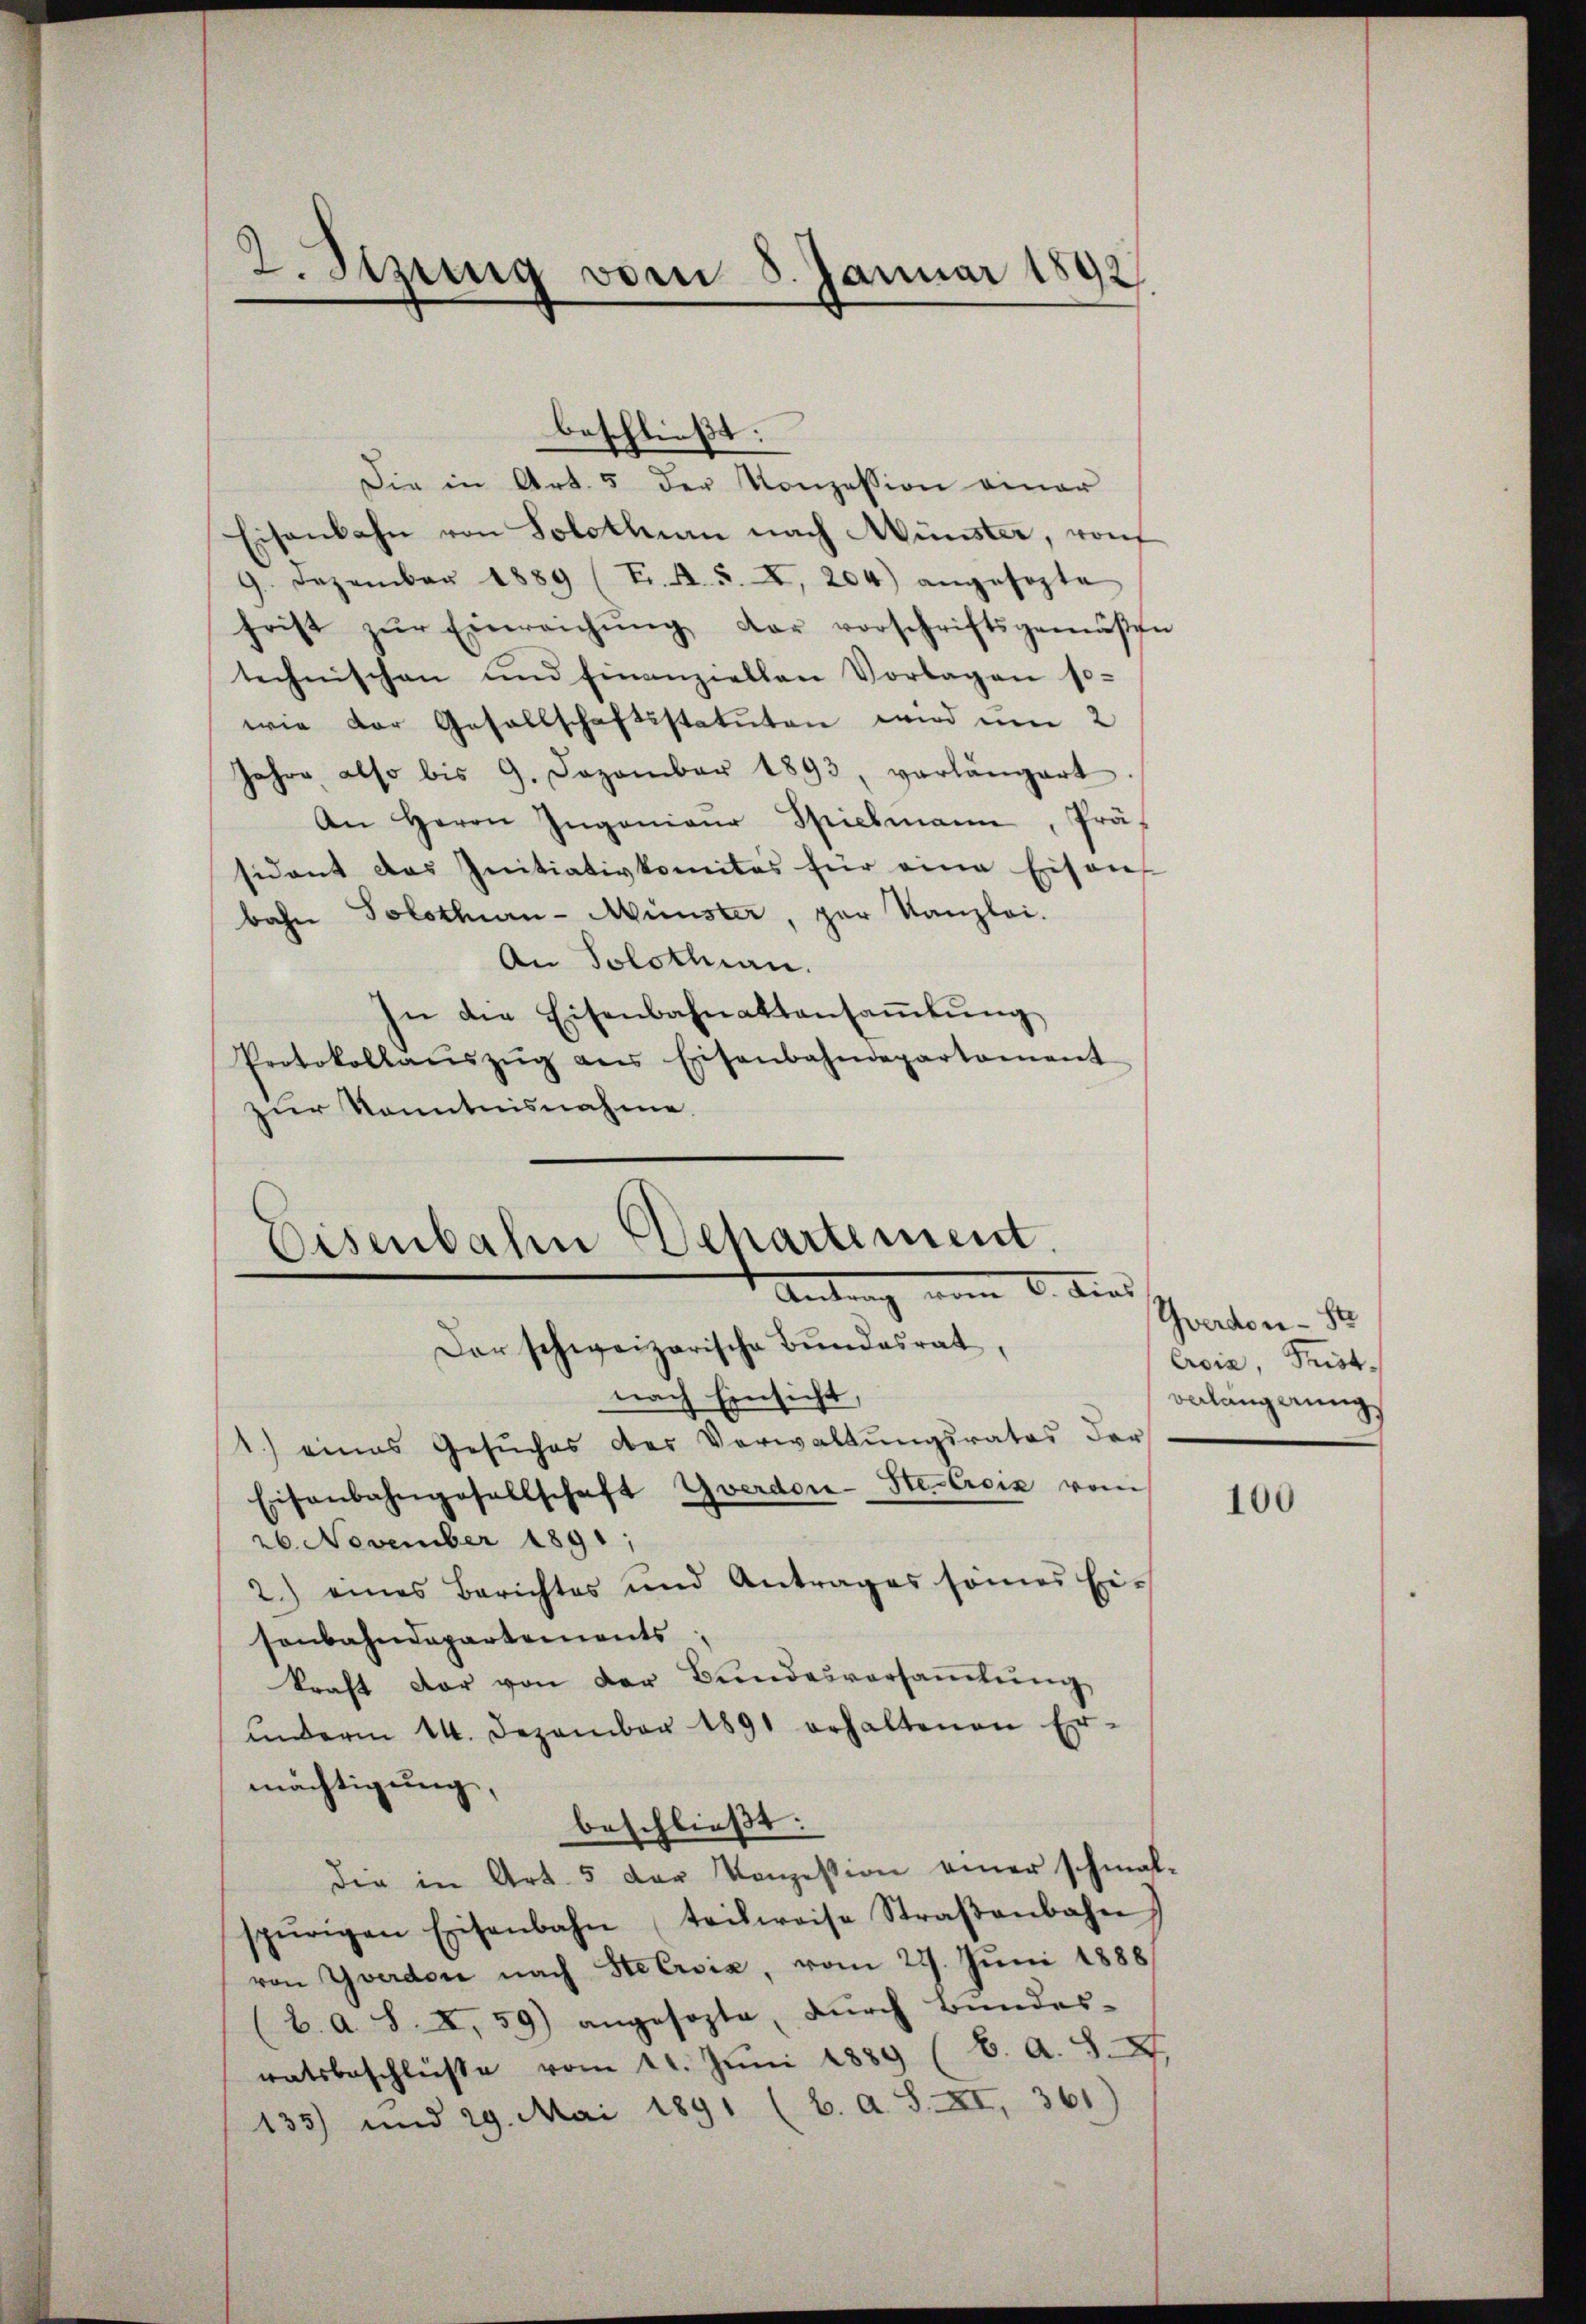
2. Sizung vom 5. Januar 1892

beschließt:
Die in Art. 5 der Konzession einer
Eisenbahn von Solothurn nach Münster, von
9. Dezember 1889 (T. A. S. A, 204) angesagte
hrist zŭr Einreichŭng der vorschriftsgemäßen
technischen und finanziellen Vorlagen so-
wie der Gesellschaftsstatuten wird um 2
Jahre also bis 9. Dezember 1893, verlängert
An Herrn Ingenieŭr Spielmann, Prä-
sidant das Initiativkomitas für eine Eisen
bahn Solothurn-Münster, par Kanzlei.
An Solothurn.
In die Eisenbahnattansaṁlŭng
Protokollaŭszŭg ans Eisenbahndepartement
zur Kenntnisnahme.
nach Einsicht,
1.) eines Gesuches der Verwaltungsrates der
Eisenbahngesellschaft Yverdor-Ste-Crois vom
26. November 1891;
2.) eines Berichtes und Antrages sonner Ei-
sonbahndepartements
kraft dar von der Bundesversaṁlŭng,
underm 14. Dezember 1891 erhaltenen Ermächtigung
beschließt:
die in Art. 5 der Konzession einer schmal-
spurigen Eisenbahn (teilweise Straβenbahn)
von Yverdore nach Steersia, vom 22. Juni 1888
b. a. S. I, 59) angesezte, dŭrch Bundes-
ratsbeschlüße vom 11. Juni 1889 (B. A. S. X
135) und 29. Mai 1891 (b. a S. XI, 361)

Eisenbahn chartement.
Antrag vom 2. Kind
Der schweizerische Bŭndesrat,

Yverdon - St
Eria, Trist.
onlängerung

100